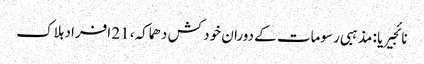
نائجیریا : مذہبی رسومات کے دوران خود کش دھماکہ، 21 افراد ہلاک